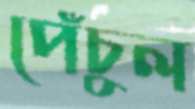
পেঁচুল